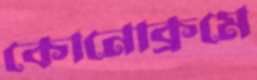
কোনোক্রমে